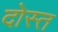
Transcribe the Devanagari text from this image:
दोस्त